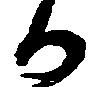
日